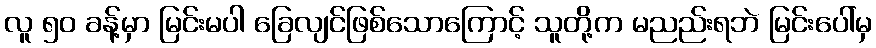
လူ ၅၀ ခန့်မှာ မြင်းမပါ ခြေလျင်ဖြစ်သောကြောင့် သူတို့က မညည်းရဘဲ မြင်းပေါ်မှ